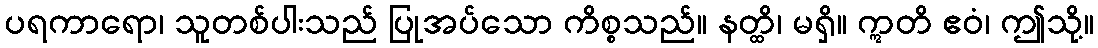
ပရကာရော၊ သူတစ်ပါးသည် ပြုအပ်သော ကိစ္စသည်။ နတ္ထိ၊ မရှိ။ ဣတိ ဧဝံ၊ ဤသို့။